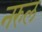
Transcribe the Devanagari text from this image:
नरुल